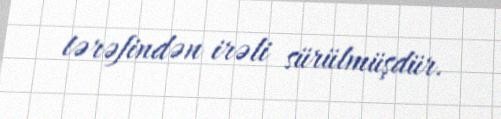
tərəfindən irəli sürülmüşdür.